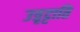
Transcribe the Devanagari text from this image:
उत्रृट्टाति